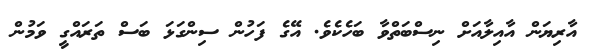
އާރިޔަން އާއިލާއަށް ނިސްބަތްވާ ބަހެކެވެ. އޭގެ ފަހުން ސިންގަޅަ ބަސް ތަރައްގީ ވަމުން